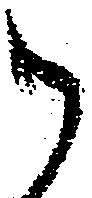
御